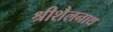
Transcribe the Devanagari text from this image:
श्रीशैलनाथ